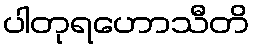
ပါတုရဟောသီတိ